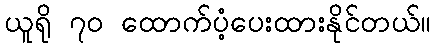
ယူရို ၇၀ ထောက်ပံ့ပေးထားနိုင်တယ်။